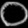
Digit: ၀